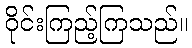
ဝိုင်းကြည့်ကြသည်။